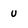
Character: u